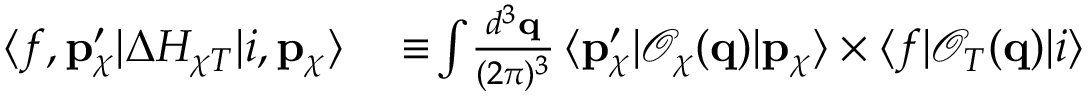
\begin{array} { r l } { \langle f , \mathbf { p } _ { \chi } ^ { \prime } | \Delta H _ { \chi T } | i , \mathbf { p } _ { \chi } \rangle } & { { } \equiv \! \int \! \frac { d ^ { 3 } \mathbf { q } } { ( 2 \pi ) ^ { 3 } } \, \langle \mathbf { p } _ { \chi } ^ { \prime } | \mathcal { O } _ { \chi } ( \mathbf { q } ) | \mathbf { p } _ { \chi } \rangle \times \langle f | \mathcal { O } _ { T } ( \mathbf { q } ) | i \rangle } \end{array}